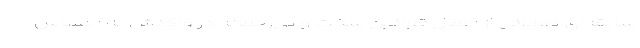
سابقه‌ای طولانی از اعمال قوانین سخت و بی‌رحمانه در واکنش به احساس